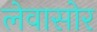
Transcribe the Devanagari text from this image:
लेवासोर